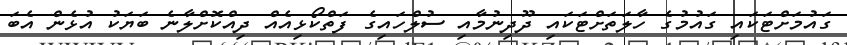
ގައުމަށްޓަކައި ގައުމުގެ ހާލަތަށްޓަކައި ދޫދިނުމާއި ސުލްހައިގެ ފަތްކޯޅިއެއް ދިއްކޮށްލާނެ ބަޔަކު އުޅެން އެބަ